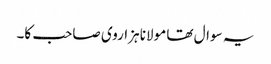
یہ سوال تھا مولانا ہزاروی صاحب کا۔